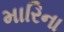
મારિના